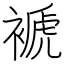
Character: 褫